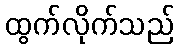
ထွက်လိုက်သည်